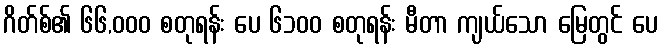
ဂိတ်စ်၏ ၆၆,၀၀၀ စတုရန်း ပေ ၆၁၀၀ စတုရန်း မီတာ ကျယ်သော မြေတွင် ပေ